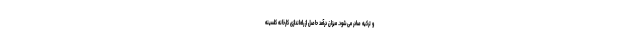
و ترکیه صادر می‌شود. میزان درآمد حاصل از راه‌اندازی کارخانه کلسینه